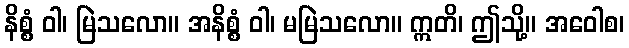
နိစ္စံ ဝါ၊ မြဲသလော။ အနိစ္စံ ဝါ၊ မမြဲသလော။ ဣတိ၊ ဤသို့။ အဝေါစ၊